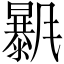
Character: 𣋰